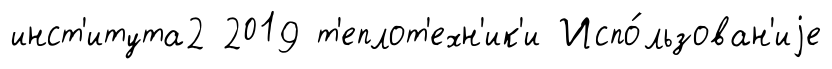
инст'итута2 2019 т'еплот'ехн'ик'и Испо́льзован'иjе